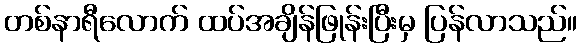
တစ်နာရီလောက် ထပ်အချိန်ဖြုန်းပြီးမှ ပြန်လာသည်။